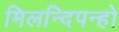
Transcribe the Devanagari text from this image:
मिलन्दिपन्हो